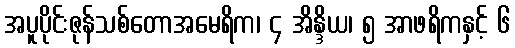
အပူပိုင်းဇုန်သစ်တောအမေရိက၊ ၄ အိန္ဒိယ၊ ၅ အာဖရိကနှင့် ၆